Rangoon Lunatic Asylum 1893-1897 - 1893-1897
Year: 1893
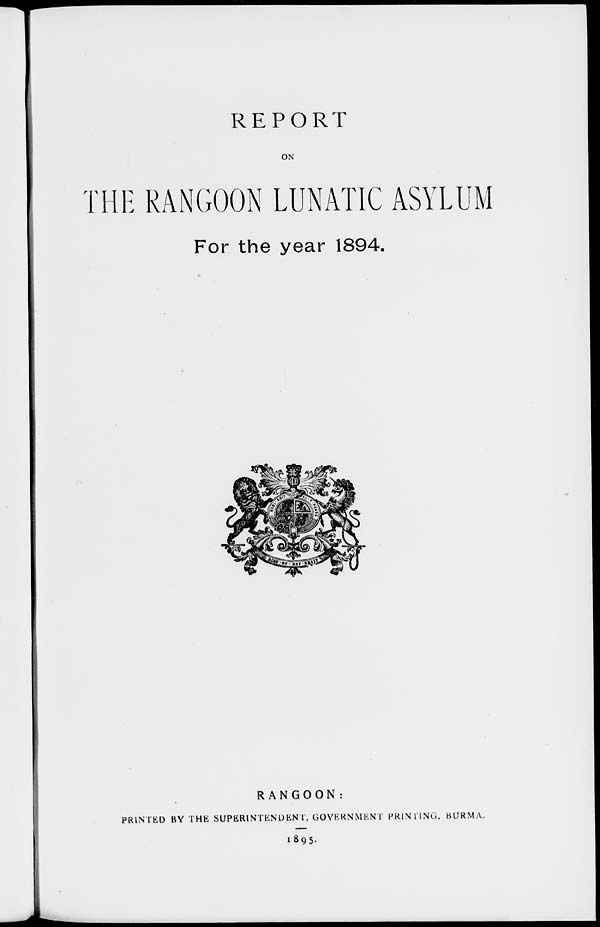
REPORT
ON
THE RANGOON LUNATIC ASYLUM
For the year 1894.
RANGOON:
PRINTED BY THE SUPERINTENDENT, GOVERNMENT PRINTING, BURMA.
1895.